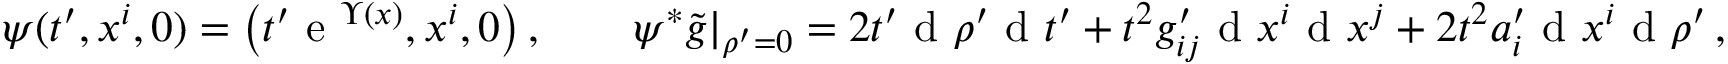
\psi ( t ^ { \prime } , x ^ { i } , 0 ) = \big ( t ^ { \prime } \textnormal { e } ^ { \Upsilon ( x ) } , x ^ { i } , 0 \big ) \, , \qquad \psi ^ { * } \tilde { g } | _ { \rho ^ { \prime } = 0 } = 2 t ^ { \prime } \textnormal { d } \rho ^ { \prime } \textnormal { d } t ^ { \prime } + t ^ { 2 } g _ { i j } ^ { \prime } \textnormal { d } x ^ { i } \textnormal { d } x ^ { j } + 2 t ^ { 2 } a _ { i } ^ { \prime } \textnormal { d } x ^ { i } \textnormal { d } \rho ^ { \prime } \, ,